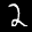
Label: 2